Scottish Leaving Certificate Examination, 1959
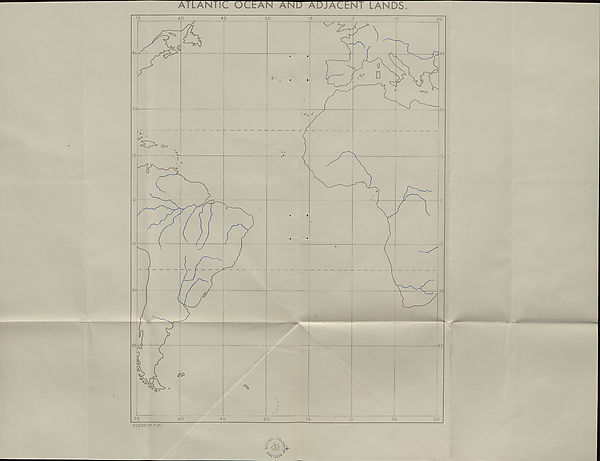
ATLANTIC OlLAN AND ADJACENT LANDS.
50220 (M. F.P.)